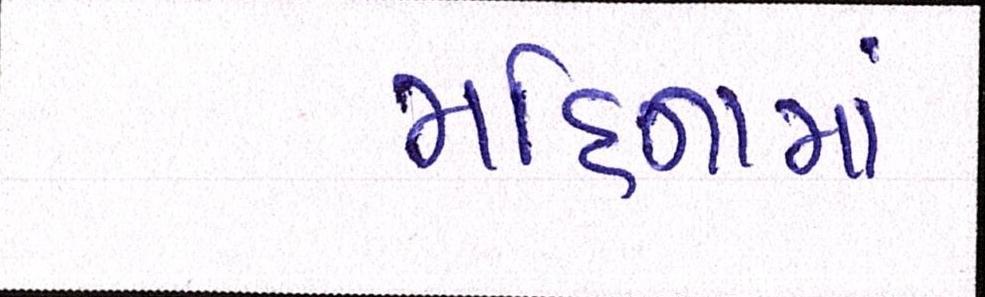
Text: મહિનામાં